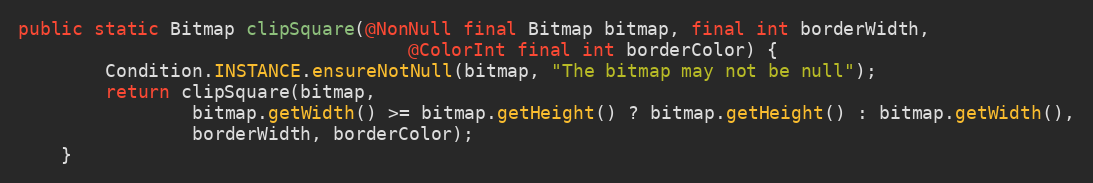
Language: Java
public static Bitmap clipSquare(@NonNull final Bitmap bitmap, final int borderWidth,
                                    @ColorInt final int borderColor) {
        Condition.INSTANCE.ensureNotNull(bitmap, "The bitmap may not be null");
        return clipSquare(bitmap,
                bitmap.getWidth() >= bitmap.getHeight() ? bitmap.getHeight() : bitmap.getWidth(),
                borderWidth, borderColor);
    }